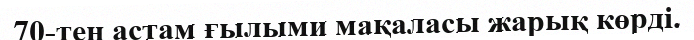
70-тен астам ғылыми мақаласы жарық көрді.